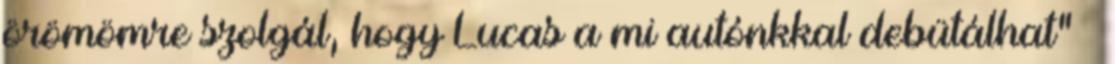
örömömre szolgál, hogy Lucas a mi autónkkal debütálhat” –